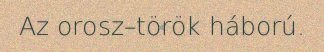
Az orosz–török háború.